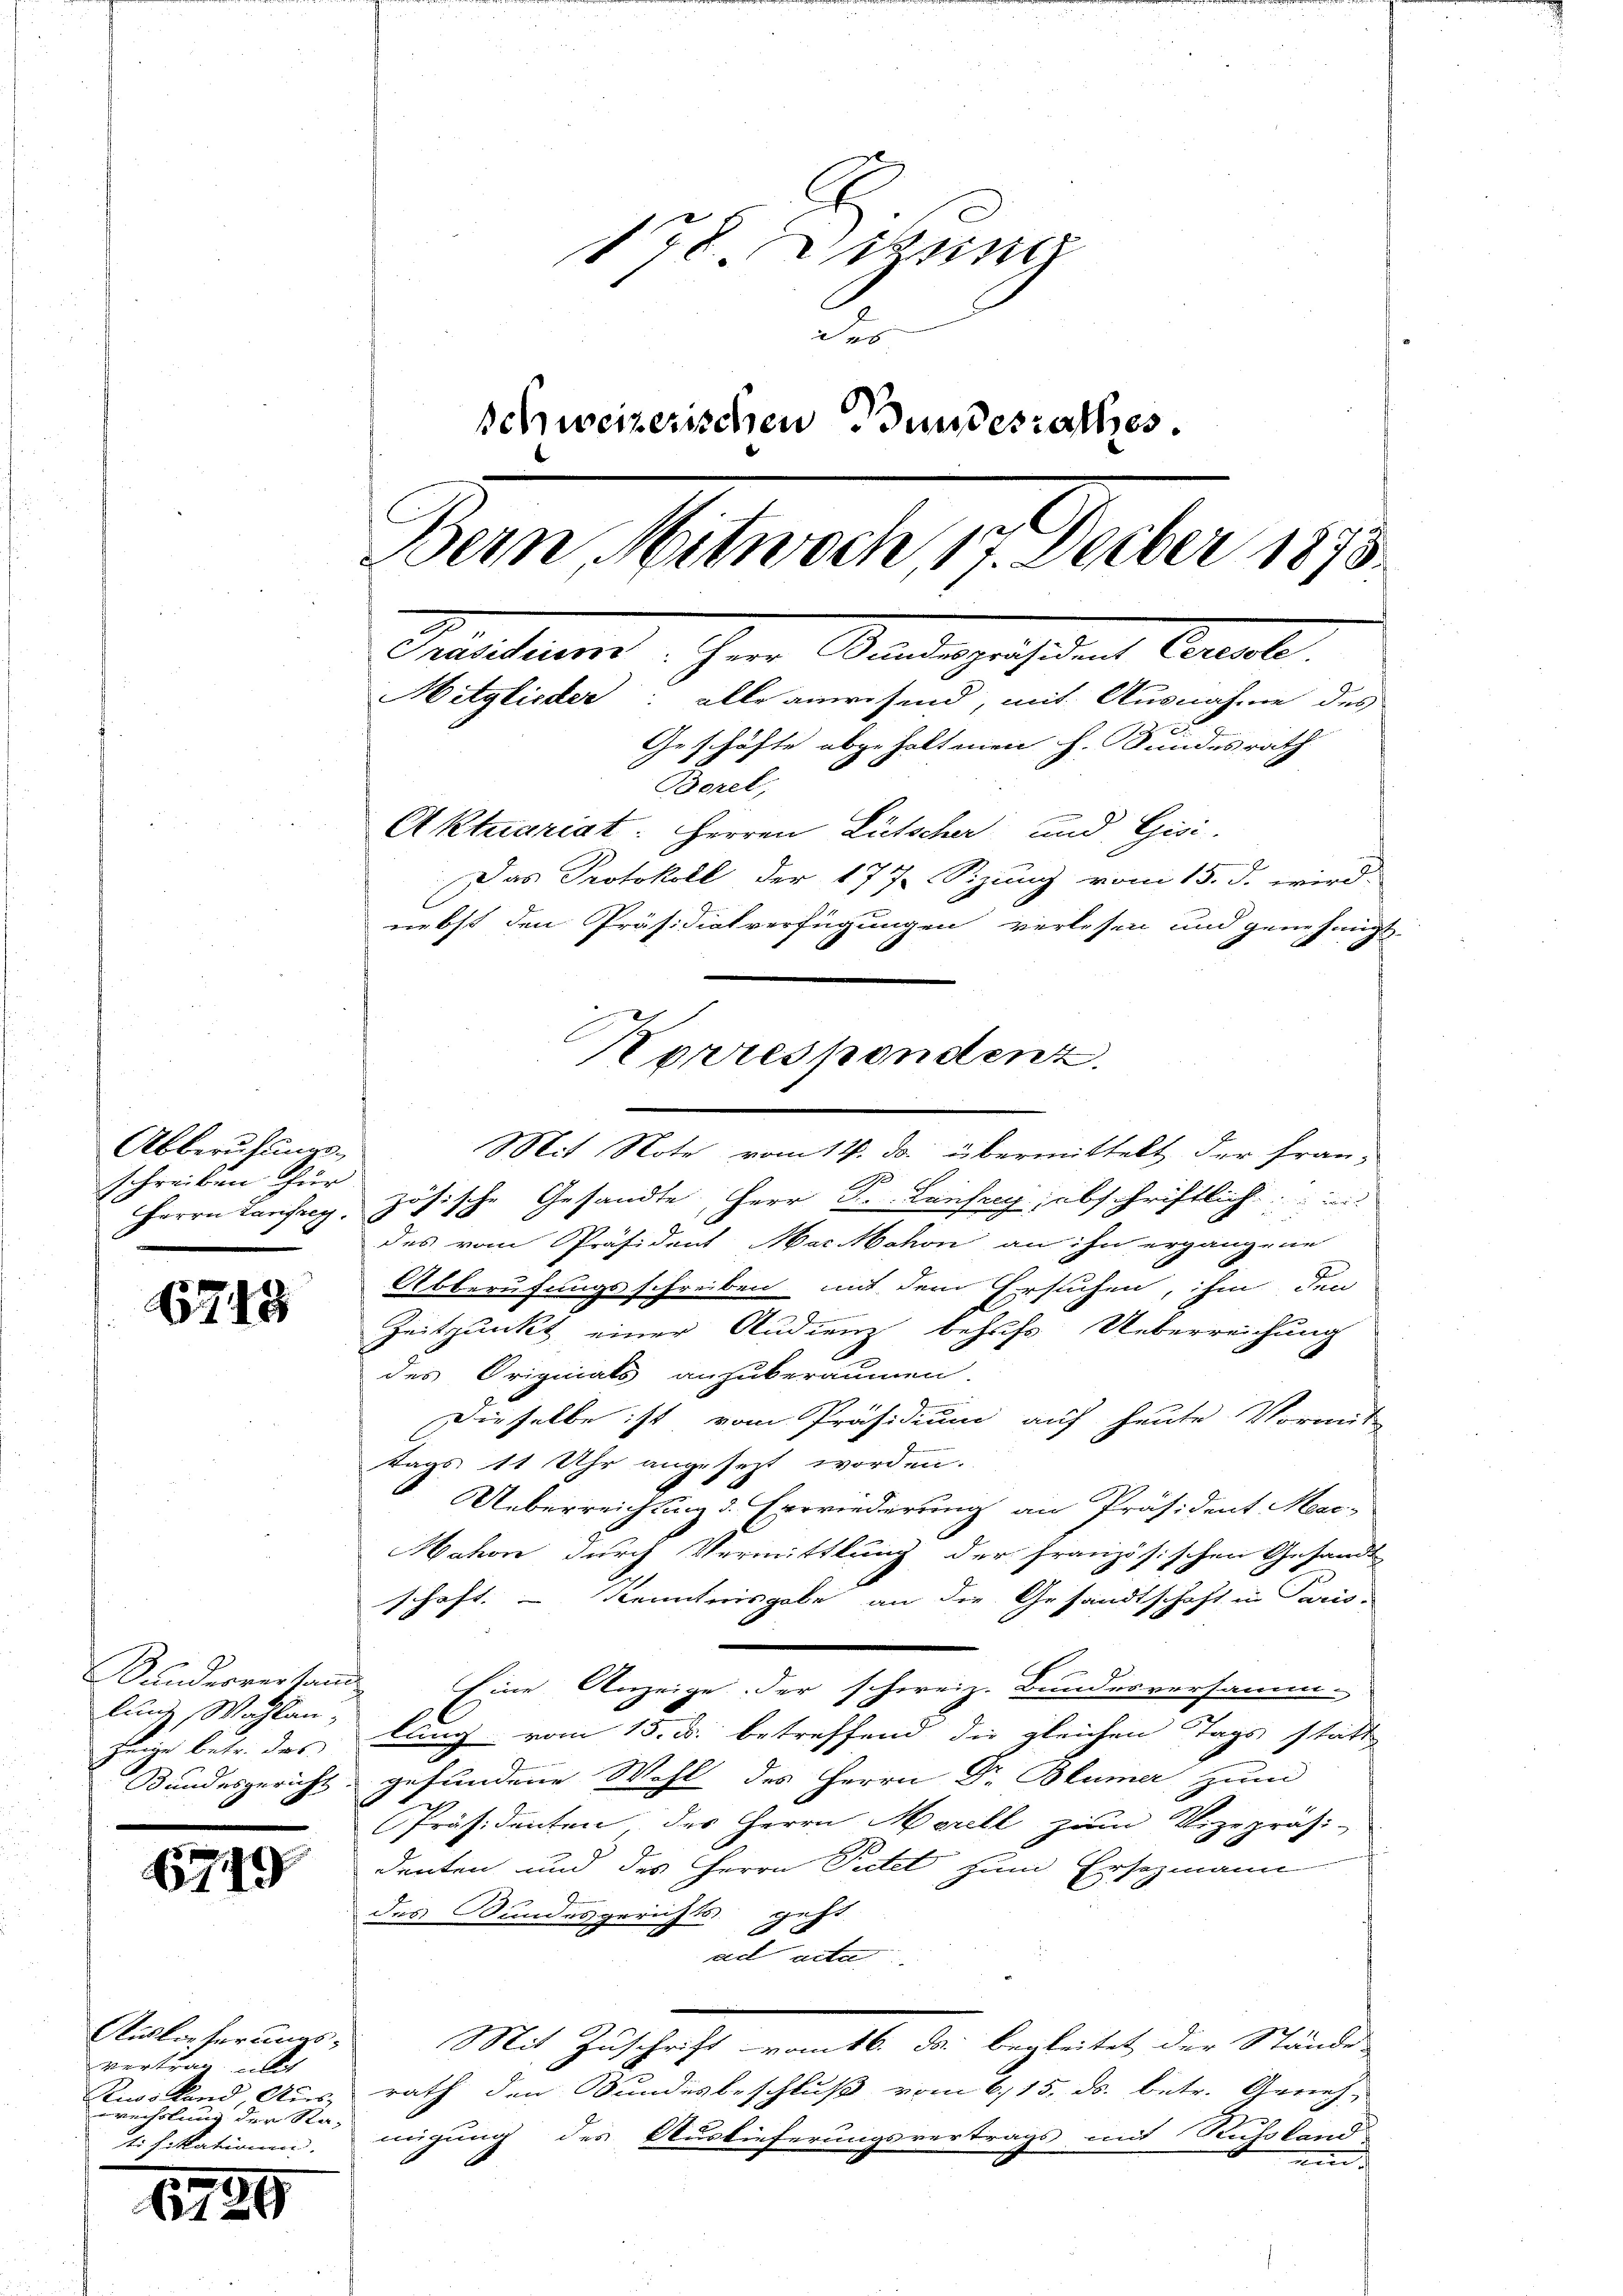
Abberufungsschreiben für

6743

Sinderverstand
lunde Wahlan,
glege betr. das

6749

Auslieferungs-
vertrag mit
Kiwo Land Aus-
wechslung der Ra-
ti sitationen.

12.

178. Mitung
d
Schweizerischen Bundesrathes.
Bem, Schwach, 7 Feder 1893.
Bendangeschident Canale
Mitglieder: alle anwesend, mit Ausnahme des
Geschäfte abgehaltenen h. Bundesrath
Borel,
Aktuariat: Herren Lütscher und Gisi,
Das Protokoll der 177. Sizung vom 15. d. wird
nebst den Präsidiatverfügungen verlesen und genehmigt

59

Korrespondenz.

Mit Note vom 14. ds. übermittelt der Fran-
Herrn Lanfrey, zösische Gesandte, Herr S. Laufrey, abschriftlich
des vom Präsident Marchon an ihn ergangene
Abberufungsschreiben mit dem Ersuchen, ihm den
.
Zeitpunkt einer Studienz behufs Ueberreichung
des Originals anzuberaumen.

Dieselbe ist vom Präsidium auf heute Vormit-
tags 11 Uhr angesezt worden.
Ueberreichtung d. Errriederung an Präsident Mar-
ahon durch Vermittlung der französischen Gesandt
schaft. – Kenntnisgabe an die Gesandtschaft in Paris-
Eine Anzeige. Der schweiz. Bundesversamm-
lung vom 15. ds. betreffend die gleichen Tags statt
Bundesgericht gefundene Wohl des Herrn Dr. Blümer zum
Präsidenten des Herrn Morell zum Vizepräsi-
denten und des Herrn Putet zum Ersezmann
des Bundesgerichts gehe
ad acta
Mit Zuschrift vom 16. der begleitet, der Stände
rath den Bundesbeschluß vom 6./15. ds. betr. Genehmigung des Auslieferungsvertrags mit Russland
man i